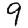
Digit: 9